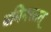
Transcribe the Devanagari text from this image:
यमिनस्तत्